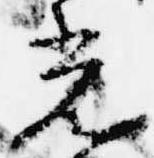
光